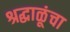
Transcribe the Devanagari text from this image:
श्रद्धाळूंचा